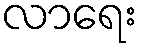
လာရေး